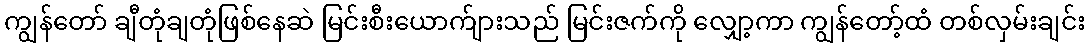
ကျွန်တော် ချီတုံချတုံဖြစ်နေဆဲ မြင်းစီးယောက်ျားသည် မြင်းဇက်ကို လျှော့ကာ ကျွန်တော့်ထံ တစ်လှမ်းချင်း